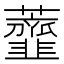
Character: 虀